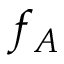
f _ { A }